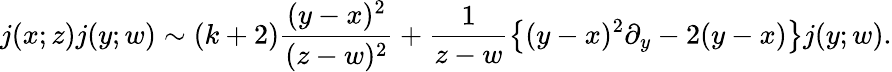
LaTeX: j(x;z)j(y;w)\sim(k+2)\frac{(y-x)^{2}}{(z-w)^{2}}+\frac{1}{z-w}\left\{ (y-x)^{2}\partial_{y}-2(y-x)\right\} j(y;w).